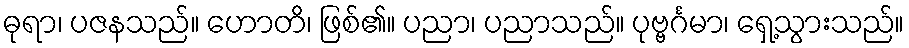
ဓုရာ၊ ပဇနသည်။ ဟောတိ၊ ဖြစ်၏။ ပညာ၊ ပညာသည်။ ပုဗ္ဗင်္ဂမာ၊ ရှေ့သွားသည်။